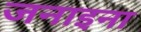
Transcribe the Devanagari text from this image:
जनाइना